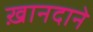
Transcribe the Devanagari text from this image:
ख़ानदाने